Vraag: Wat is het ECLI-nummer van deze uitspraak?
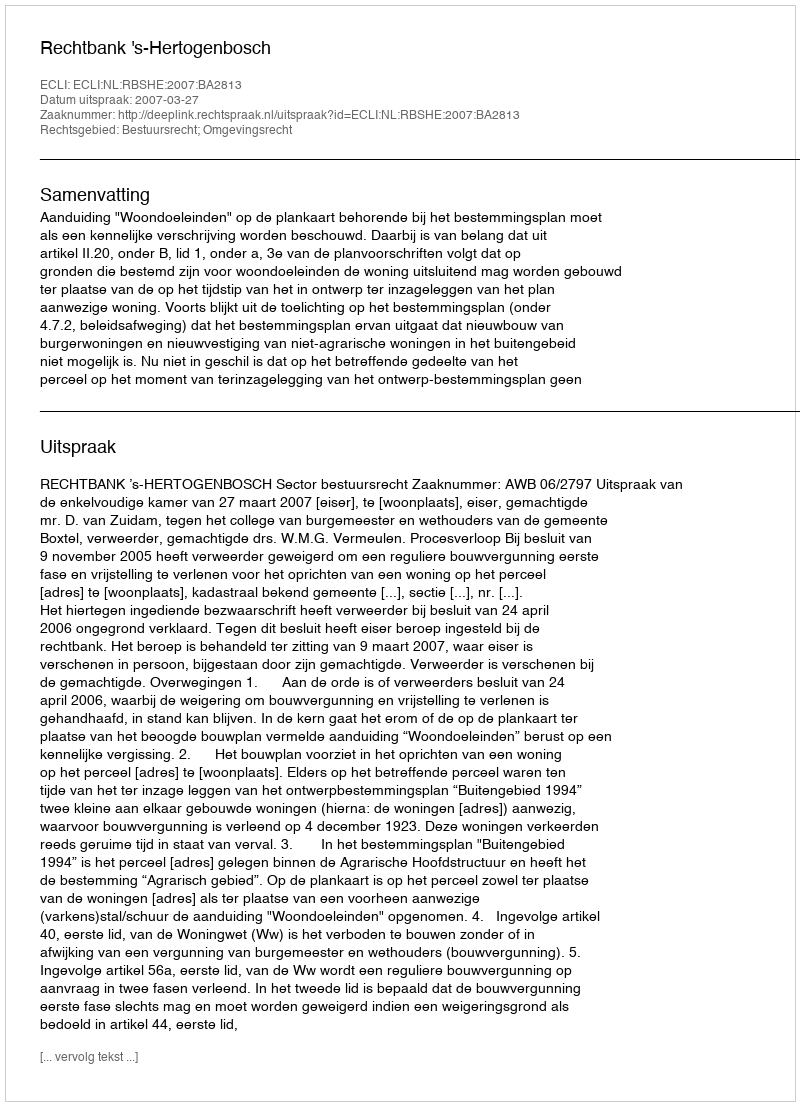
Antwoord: ECLI:NL:RBSHE:2007:BA2813